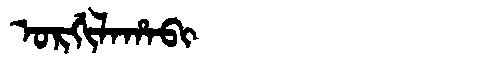
Manchu: ᠣᡵᡤᡳᠯᠠᡥᠠᠪᡳ
Romanization: ORGILAHABI